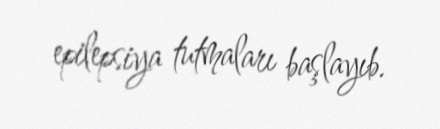
epilepsiya tutmaları başlayıb.